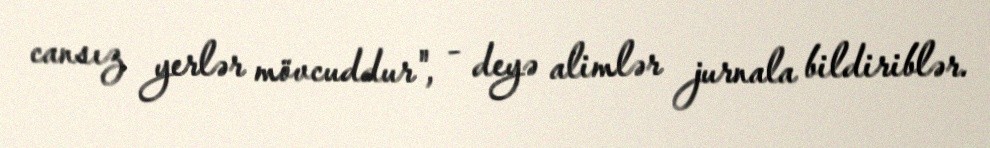
cansız yerlər mövcuddur", - deyə alimlər jurnala bildiriblər.